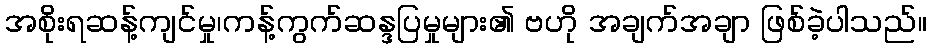
အစိုးရဆန့်ကျင်မှု၊ကန့်ကွက်ဆန္ဒပြမှုများ၏ ဗဟို အချက်အချာ ဖြစ်ခဲ့ပါသည်။